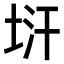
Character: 𭎚